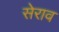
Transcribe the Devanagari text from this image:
सेराव